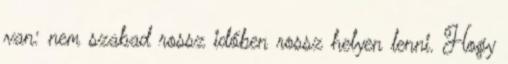
van: nem szabad rossz időben rossz helyen lenni. Hogy